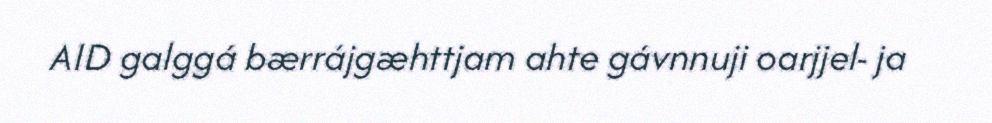
AID galggá bærrájgæhttjam ahte gávnnuji oarjjel- ja